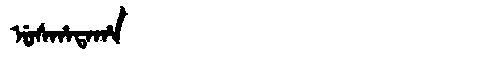
Manchu: ᡠᠰᡥᠠᡨᠠᡥᠠ
Romanization: USHATAHA